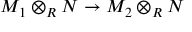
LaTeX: M _ { 1 } \otimes _ { R } N \to M _ { 2 } \otimes _ { R } N